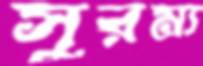
সুরম্য